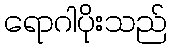
ရောဂါပိုးသည်